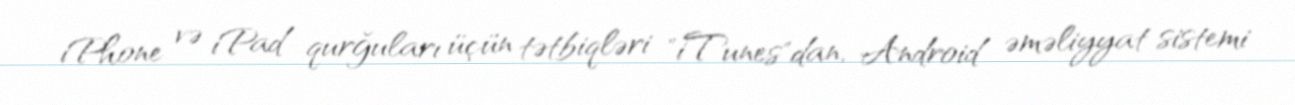
iPhone və iPad qurğuları üçün tətbiqləri "iTunes"dan, Android əməliyyat sistemi